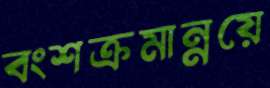
বংশক্রমান্নয়ে